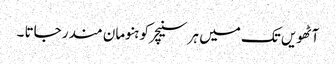
آٹھویں تک میں ہر سنیچر کو ہنومان مندر جاتا ۔